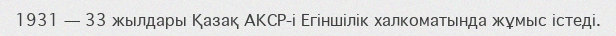
1931 — 33 жылдары Қазақ АКСР-і Егіншілік халкоматында жұмыс істеді.